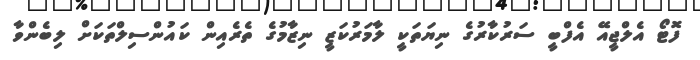
ފޮޓޯ އެލްޖީއޭ އެފްބީ ސަރުކާރުގެ ނިޔަތަކީ ލާމަރުކަޒީ ނިޒާމުގެ ތެރެއިން ކައުންސިލްތަކަށް ލިބެންވާ